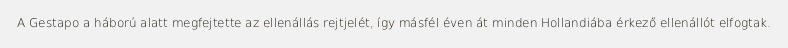
A Gestapo a háború alatt megfejtette az ellenállás rejtjelét, így másfél éven át minden Hollandiába érkező ellenállót elfogtak.